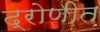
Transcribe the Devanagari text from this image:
द्रोणीत